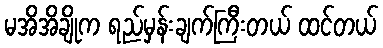
မအိအိချိုက ရည်မှန်းချက်ကြီးတယ် ထင်တယ်